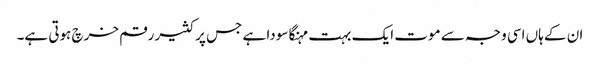
ان کے ہاں اسی وجہ سے موت ایک بہت مہنگا سودا ہے جس پر کثیر رقم خرچ ہوتی ہے۔